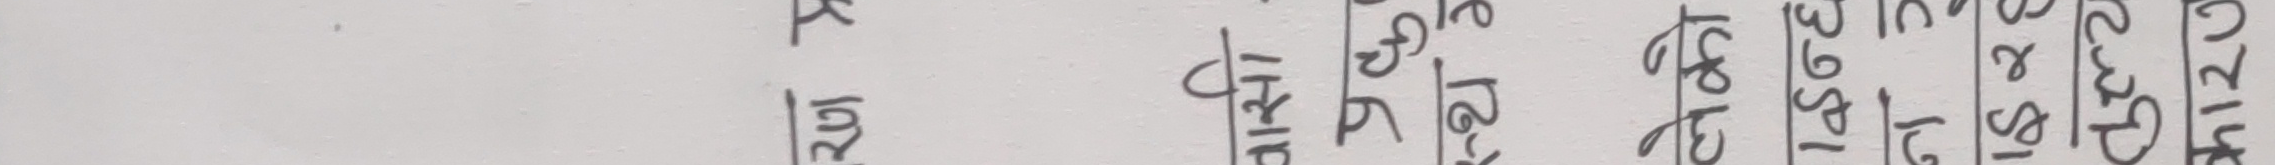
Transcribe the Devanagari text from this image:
जम्मा २० कैफियत २१ प्राप्त २१ दर्ता १५ प्र. नं. २८१ टोटल १२१ विवरण ३९९१ अनुक्रम १७९३